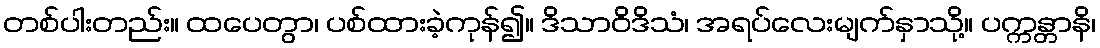
တစ်ပါးတည်း။ ထပေတွာ၊ ပစ်ထားခဲ့ကုန်၍။ ဒိသာဝိဒိသံ၊ အရပ်လေးမျက်နှာသို့။ ပက္ကန္တာနိ၊